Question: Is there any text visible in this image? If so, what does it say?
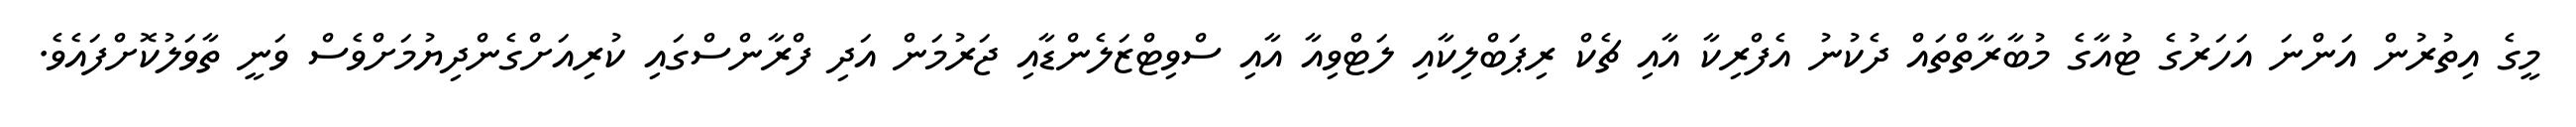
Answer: މީގެ އިތުރުން އަންނަ އަހަރުގެ ޓުއާގެ މުބާރާތްތައް ދެކުނު އެފްރިކާ އާއި ޗެކް ރިޕަބްލިކާއި ލަޓްވިއާ އާއި ސްވިޓްޒަލެންޑާއި ޖަރުމަން އަދި ފްރާންސްގައި ކުރިއަށްގެންދިޔުމަށްވެސް ވަނީ ތާވަލުކޮށްފައެވެ.